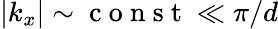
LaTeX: |k_{x}|\sim\mathrm{~c~o~n~s~t~}\ll\pi/d